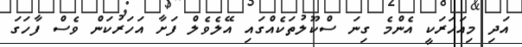
އަދި މިއަހަރަކީ އެންމެ ގިނަ ސްކޫލުތަކެއްގައި އޭލެވެލް ފަށާ އަހަރުކަން ވެސް ފާހަގަ